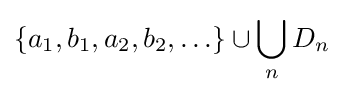
\left\{a_{1},b_{1},a_{2},b_{2},\ldots \right\}\cup \bigcup _{n}D_{n}